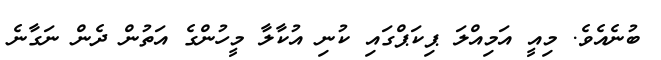
ބުނެއެވެ. މިއީ އަމިއްލަ ޕިކަޕްގައި ކުނި އުކާލާ މީހުންގެ އަތުން ދެން ނަގާނެ